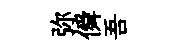
弥僢吾